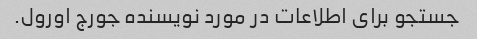
جستجو برای اطلاعات در مورد نویسنده جورج اورول.